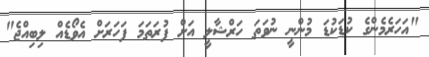
"އަހަރެމެންގެ ކުޑަކުޑަ މުންނީ ނުވަތަ ހަރްޝާލީ އަށް ފުރަތަމަ ފަހަރަށް އެވޯޑެއް ލިބިއްޖެ"